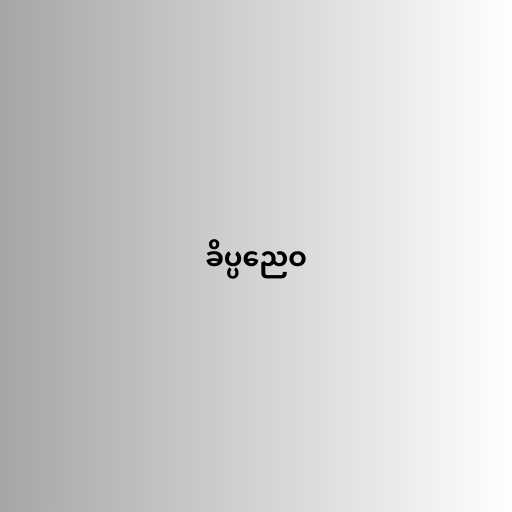
ခိပ္ပညေဝ